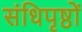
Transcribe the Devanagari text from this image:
संधिपृष्ठों